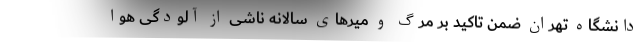
دانشگاه تهران ضمن تاکید بر مرگ و میرهای سالانه ناشی از آلودگی هوا